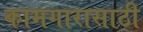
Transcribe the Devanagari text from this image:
कामगारासाठी